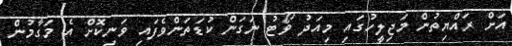
އަށް ރައްޔިތުން މަޖިލީހުގައި މިއަދު ވޯޓު ނަގަން ކުޑަތަންވެފައި ވަނިކޮށް އެ މަގާމުން